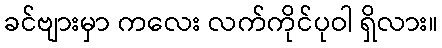
ခင်ဗျားမှာ ကလေး လက်ကိုင်ပုဝါ ရှိလား။